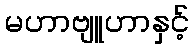
မဟာဗျူဟာနှင့်